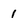
Character: 1